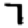
Digit: 7